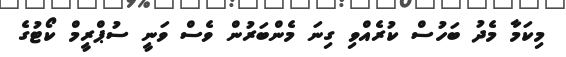
މިކަމާ މެދު ބަހުސް ކުރެއްވި ގިނަ މެންބަރުން ވެސް ވަނީ ސުޕްރީމް ކޯޓުގެ